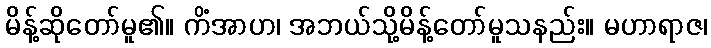
မိန့်ဆိုတော်မူ၏။ ကိံအာဟ၊ အဘယ်သို့မိန့်တော်မူသနည်း။ မဟာရာဇ၊